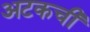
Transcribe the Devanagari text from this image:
अटकची